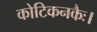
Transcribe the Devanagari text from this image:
कोटिकनकैः।